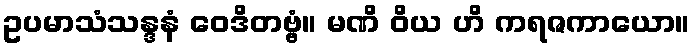
ဥပမာသံသန္ဒနံ ဝေဒိတဗ္ဗံ။ မဏိ ဝိယ ဟိ ကရဇကာယော။